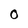
Character: 0